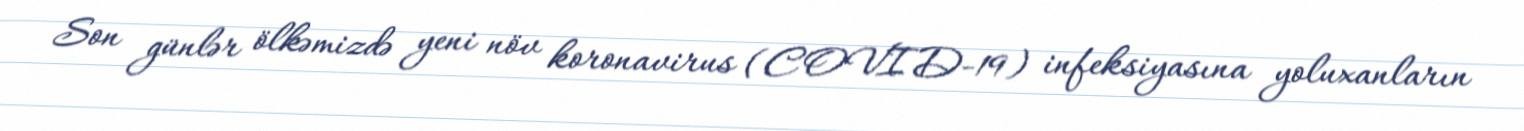
Son günlər ölkəmizdə yeni növ koronavirus (COVID-19) infeksiyasına yoluxanların